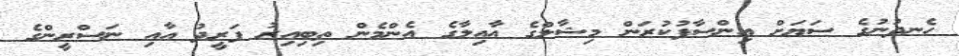
ހެނދުނުގެ ސަޔަށް އިންސާފުކުރަން މިޝާލްގެ އާއިލާގެ އެންމެން ތިބިއިރު ފަރީދު އާއި ނަސްރީންގެ